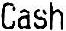
CASH